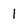
Character: 1